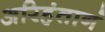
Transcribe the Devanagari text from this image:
अरिहंतानं